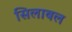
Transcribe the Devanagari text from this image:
सिलाबल